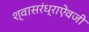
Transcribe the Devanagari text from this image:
श्वासरंध्राऐवजी